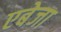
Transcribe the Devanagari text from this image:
एबेजा